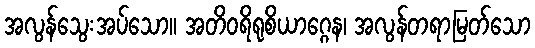
အလွန်သွေးအပ်သော။ အတိဝရိရုစိယာဂ္ဂေန၊ အလွန်တရာမြတ်သော